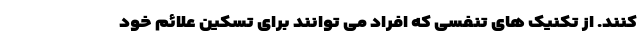
کنند. از تکنیک های تنفسی که افراد می توانند برای تسکین علائم خود